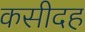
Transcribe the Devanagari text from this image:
कसीदह